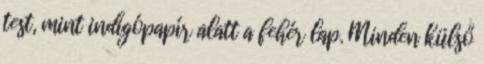
test, mint indigópapír alatt a fehér lap. Minden külső